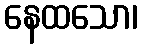
နေထသော၊